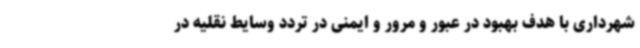
شهرداری با هدف بهبود در عبور و مرور و ایمنی در تردد وسایط نقلیه در